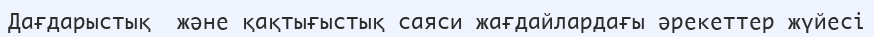
Дағдарыстық  және қақтығыстық саяси жағдайлардағы әрекеттер жүйесі